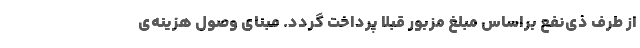
از طرف ذی‌نفع براساس مبلغ مزبور قبلا پرداخت گردد. مبنای وصول هزینه‌ی